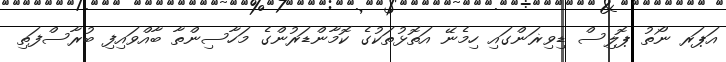
އަޕަރ ނޯތު ޕޮލިސް ޑިވިޜަންގައި ހިމެނޭ އަތޮޅުތަކުގެ ކޮމާންޑަރުންގެ މަހާސިންތާ ބާއްވައިފި ބުރާސްފަތި